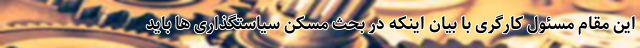
این مقام مسئول کارگری با بیان اینکه در بحث مسکن سیاستگذاری ها باید